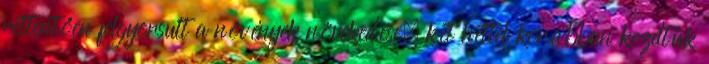
rettentően felgyorsult a növények növekedése, két héttel korábban kezdtük